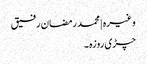
وغیرہ | محمد رمضان رفیق
چڑی روزہ ۔